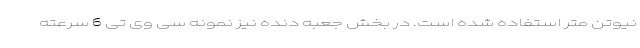
نیوتن متر استفاده شده است. در بخش جعبه دنده نیز نمونه سی وی تی 6 سرعته